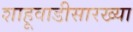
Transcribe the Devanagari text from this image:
शाहूवाडीसारख्या